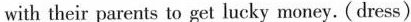
with their parents to get lucky money. (dress)